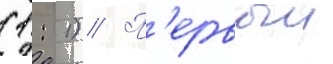
(1: 1) // П'ервыи